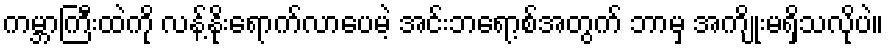
ကမ္ဘာကြီးထဲကို လန့်နိုးရောက်လာပေမဲ့ အင်းဘရော့စ်အတွက် ဘာမှ အကျိုးမရှိသလိုပဲ။